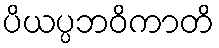
ပိယပ္ပဘဝိကာတိ